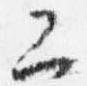
二